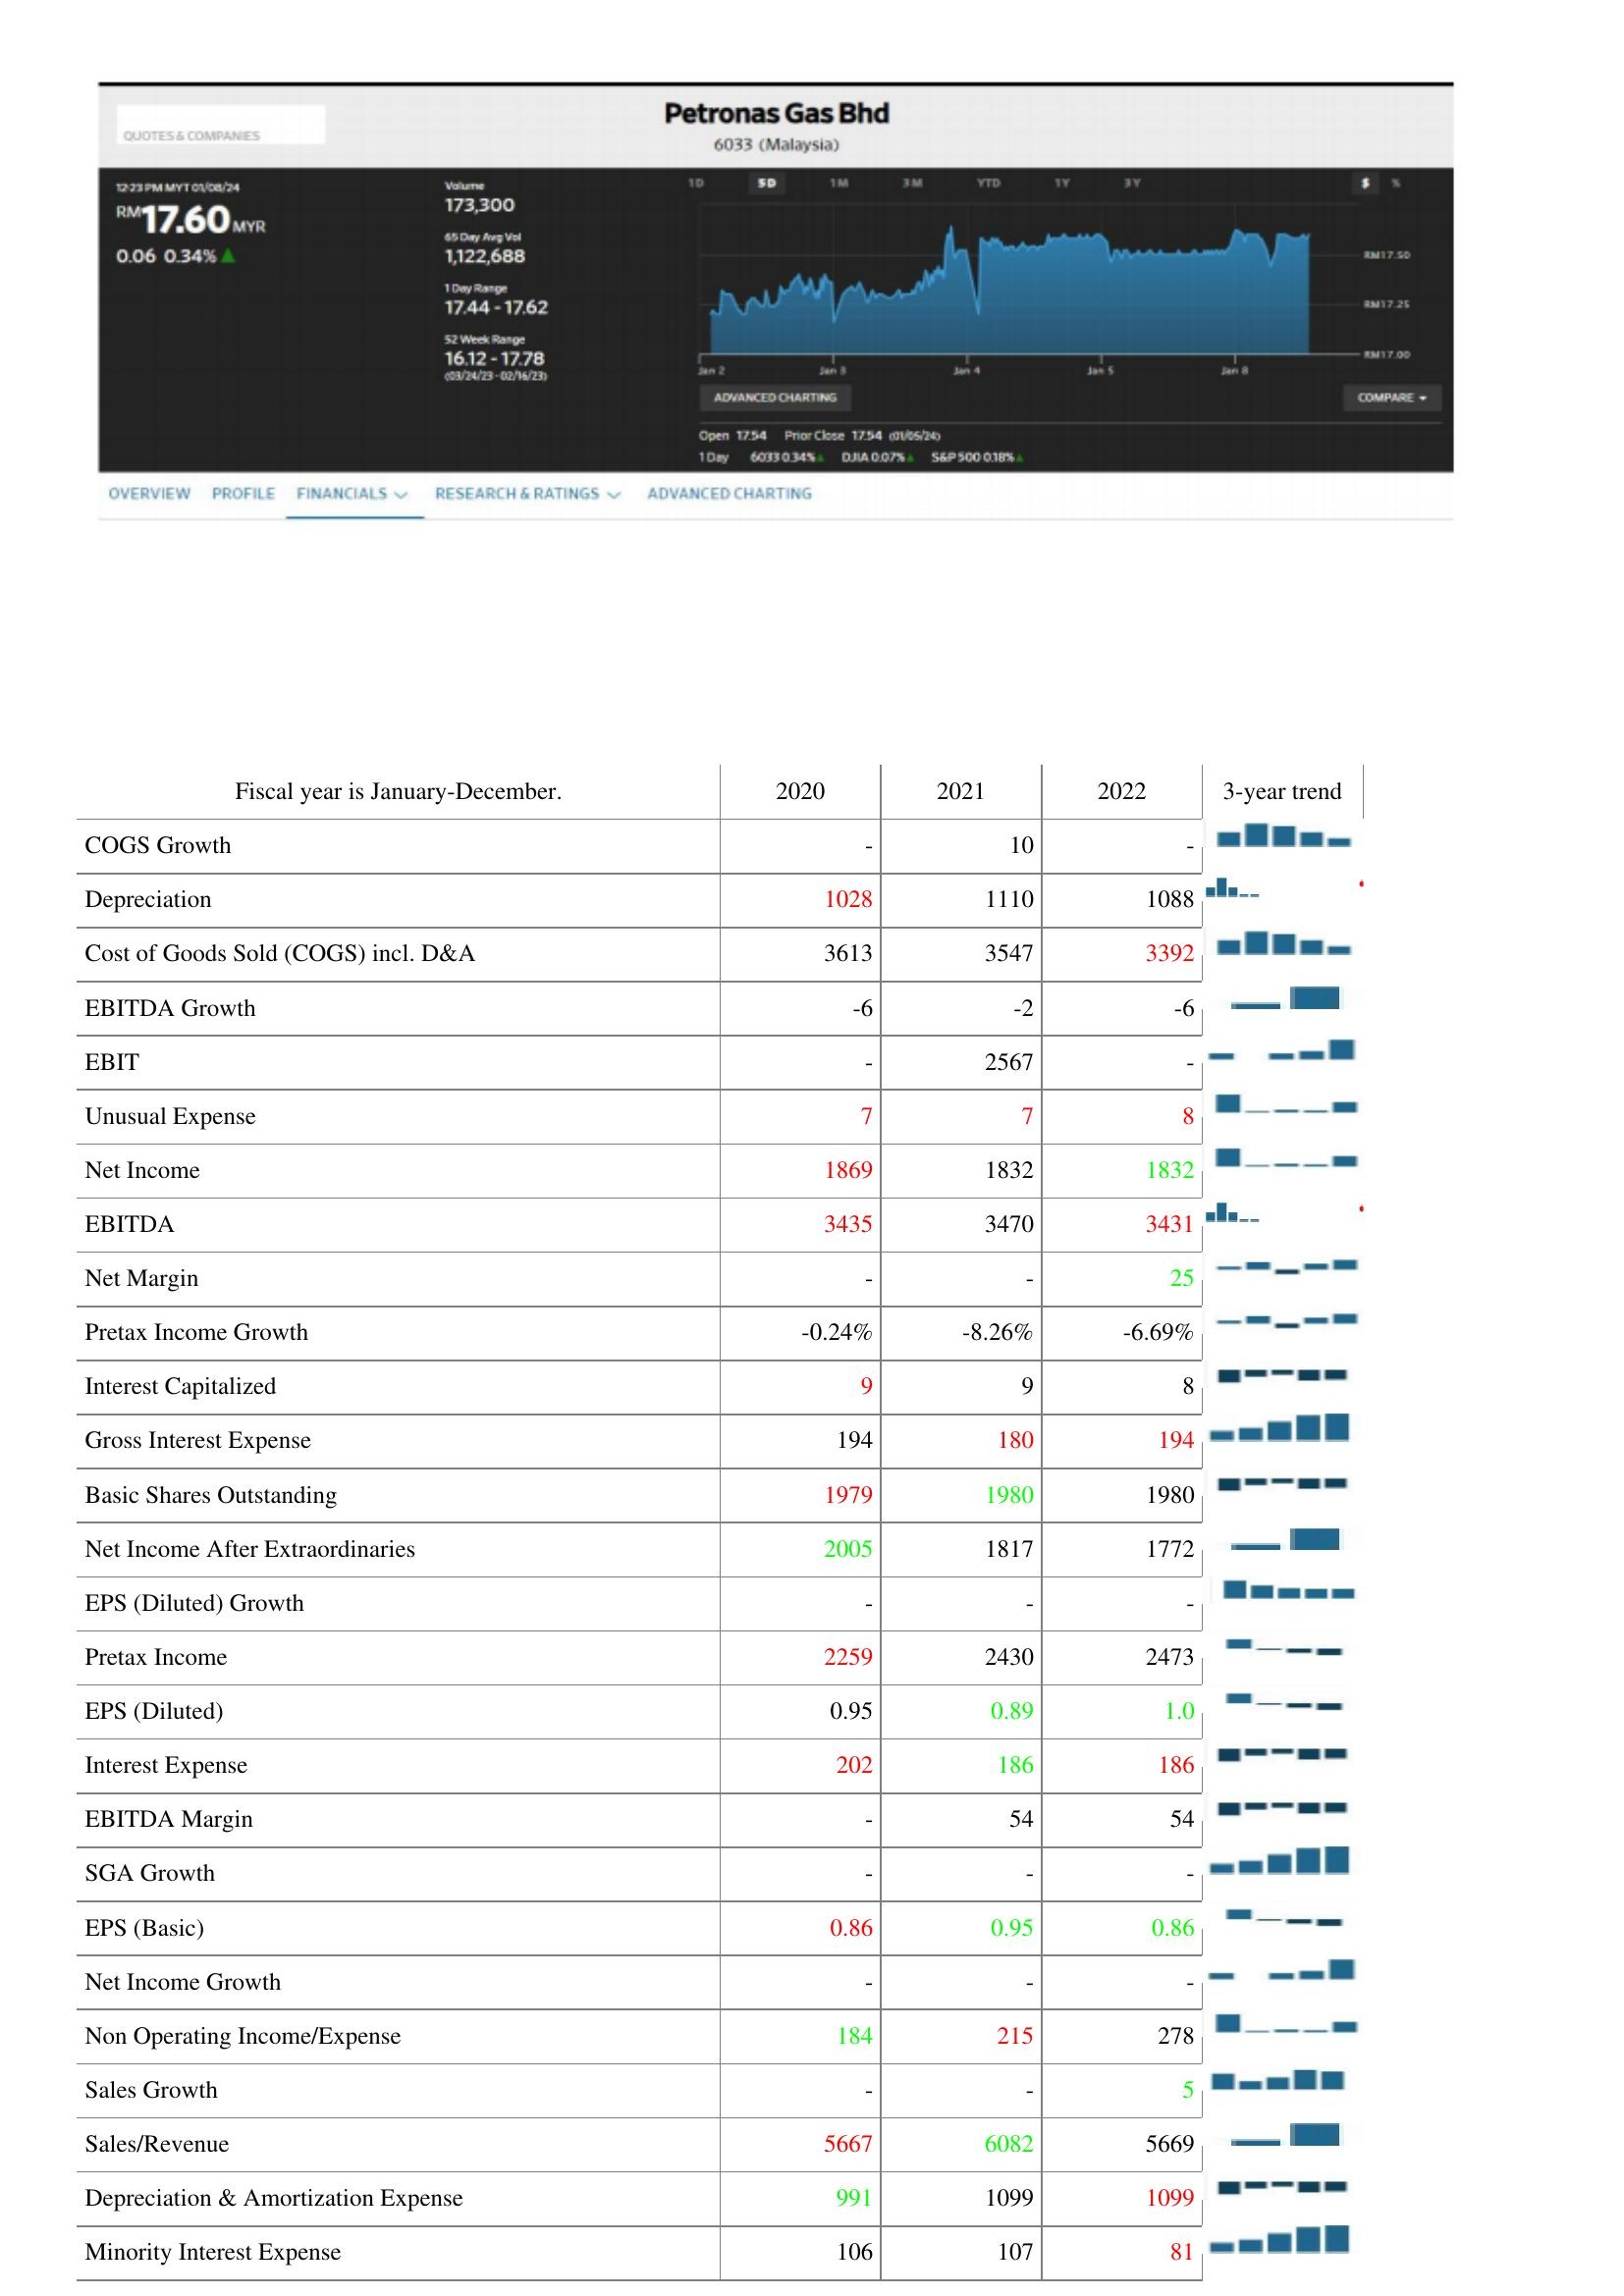
2020: : COGS Growth: -
Depreciation: 1028
Cost of Goods Sold (COGS) incl. D&A: 3613
EBITDA Growth: -6
EBIT: -
Unusual Expense: 7
Net Income: 1869
EBITDA: 3435
Net Margin: -
Pretax Income Growth: -0.24%
Interest Capitalized: 9
Gross Interest Expense: 194
Basic Shares Outstanding: 1979
Net Income After Extraordinaries: 2005
EPS (Diluted) Growth: -
Pretax Income: 2259
EPS (Diluted): 0.95
Interest Expense: 202
EBITDA Margin: -
SGA Growth: -
EPS (Basic): 0.86
Net Income Growth: -
Non Operating Income/Expense: 184
Sales Growth: -
Sales/Revenue: 5667
Depreciation & Amortization Expense: 991
Minority Interest Expense: 106
2021: : COGS Growth: 10
Depreciation: 1110
Cost of Goods Sold (COGS) incl. D&A: 3547
EBITDA Growth: -2
EBIT: 2567
Unusual Expense: 7
Net Income: 1832
EBITDA: 3470
Net Margin: -
Pretax Income Growth: -8.26%
Interest Capitalized: 9
Gross Interest Expense: 180
Basic Shares Outstanding: 1980
Net Income After Extraordinaries: 1817
EPS (Diluted) Growth: -
Pretax Income: 2430
EPS (Diluted): 0.89
Interest Expense: 186
EBITDA Margin: 54
SGA Growth: -
EPS (Basic): 0.95
Net Income Growth: -
Non Operating Income/Expense: 215
Sales Growth: -
Sales/Revenue: 6082
Depreciation & Amortization Expense: 1099
Minority Interest Expense: 107
2022: : COGS Growth: -
Depreciation: 1088
Cost of Goods Sold (COGS) incl. D&A: 3392
EBITDA Growth: -6
EBIT: -
Unusual Expense: 8
Net Income: 1832
EBITDA: 3431
Net Margin: 25
Pretax Income Growth: -6.69%
Interest Capitalized: 8
Gross Interest Expense: 194
Basic Shares Outstanding: 1980
Net Income After Extraordinaries: 1772
EPS (Diluted) Growth: -
Pretax Income: 2473
EPS (Diluted): 1.0
Interest Expense: 186
EBITDA Margin: 54
SGA Growth: -
EPS (Basic): 0.86
Net Income Growth: -
Non Operating Income/Expense: 278
Sales Growth: 5
Sales/Revenue: 5669
Depreciation & Amortization Expense: 1099
Minority Interest Expense: 81